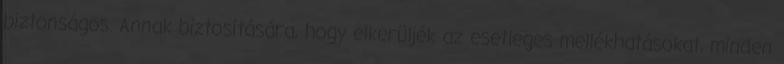
biztonságos. Annak biztosítására, hogy elkerüljék az esetleges mellékhatásokat, minden